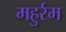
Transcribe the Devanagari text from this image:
महुर्रम